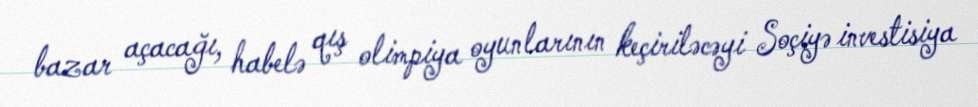
bazar açacağı, habelə qış olimpiya oyunlarının keçiriləcəyi Soçiyə investisiya